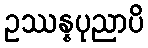
ဥဿန္နပုညာပိ